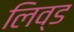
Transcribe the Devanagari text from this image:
लिव्ड